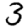
Digit: 3